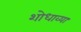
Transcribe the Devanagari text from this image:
शोधाव्या